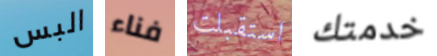
البس فناء استقبلت خدمتك